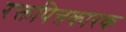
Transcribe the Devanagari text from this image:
रक्तपित्तकारक